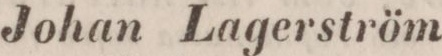
Johan Lagerström